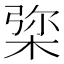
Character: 𣓔